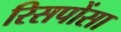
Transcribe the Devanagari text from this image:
रिसपोंसा